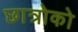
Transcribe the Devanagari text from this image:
छात्रोको